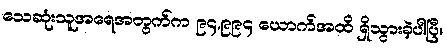
သေဆုံးသူအရေအတွက်က ၉၄,၉၉၄ ယောက်အထိ ရှိသွားခဲ့ပါပြီ။